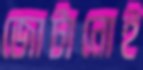
জোটানোই